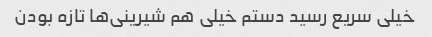
خیلی سریع رسید دستم خیلی هم شیرینی‌ها تازه بودن